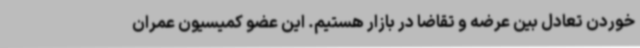
خوردن تعادل بین عرضه و تقاضا در بازار هستیم. این عضو کمیسیون عمران